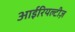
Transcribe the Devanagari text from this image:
आईरियल्टीज़